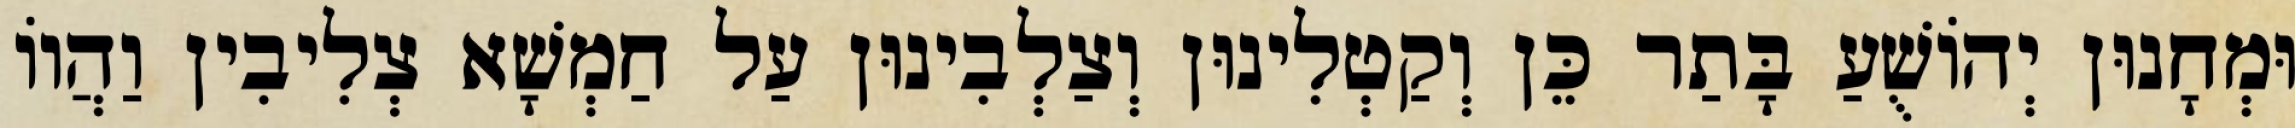
וּמְחָנוּן יְהוֹשֻׁעַ בָּתַר כֵּן וְקַטְלִינוּן וְצַלְבִינוּן עַל חַמְשָׁא צְלִיבִין וַהֲווֹ